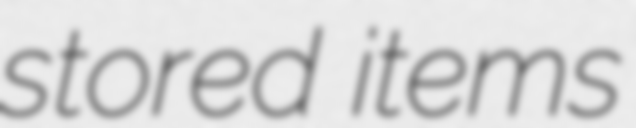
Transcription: stored items